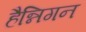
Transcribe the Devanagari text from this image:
हैन्निगन